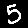
Digit: 5